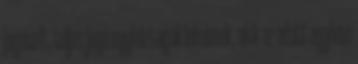
jogosult, teljes jogú egyháztagok lehetnek, akik az adott egyházi